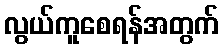
လွယ်ကူစေရန်အတွက်